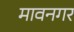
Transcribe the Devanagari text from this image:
मावनगर